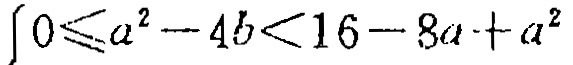
\(\int 0\leqslant a^{2}-4b<16 - 8a + a^{2}\)